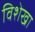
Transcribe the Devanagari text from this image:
विशेखा